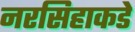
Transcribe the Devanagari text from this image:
नरसिहाकडे